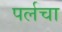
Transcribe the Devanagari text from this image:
पर्लचा